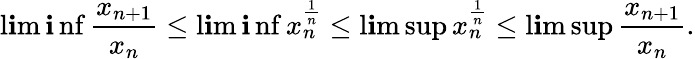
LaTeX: \operatorname*{l\mathbf{i}m}\operatorname*{\mathbf{i}nf}\frac{{x_{n+1}}}{{x_{n}}}\leq\operatorname*{l\mathbf{i}m}\operatorname*{\mathbf{i}nf}x_{n}^{\frac{{1}}{{n}}}\leq\operatorname*{l\mathbf{i}m}\operatorname*{sup}x_{n}^{\frac{{1}}{{n}}}\leq\operatorname*{l\mathbf{i}m}\operatorname*{sup}\frac{{x_{n+1}}}{{x_{n}}}.